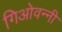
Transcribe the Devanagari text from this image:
गिओवन्नी